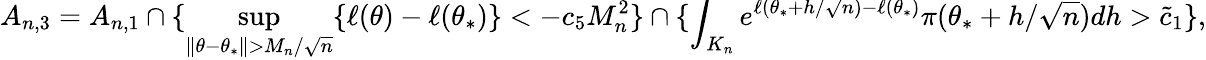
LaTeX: A_{n,3}=A_{n,1}\cap\{ \operatorname*{sup}_{\| \theta-\theta_{*}\| >M_{n}/\sqrt{n}}\{ \ell(\theta)-\ell(\theta_{*})\} <-c_{5}M_{n}^{2}\} \cap\smash{\{ \int_{K_{n}}e^{\ell(\theta_{*}+h/\sqrt{n})-\ell(\theta_{*})}\pi(\theta_{*}+h/\sqrt{n})dh>\tilde{c}_{1}\} ,}